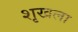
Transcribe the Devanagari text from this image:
शृखला